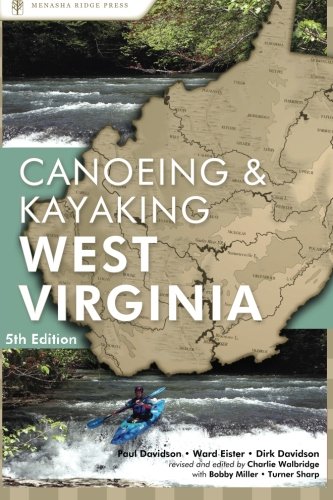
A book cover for A Canoeing & Kayaking Guide to West Virginia, 5th; Paul Davidson; Sports & Outdoors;